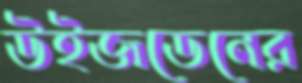
উইজডেনের